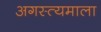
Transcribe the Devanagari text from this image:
अगस्त्यमाला